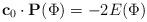
LaTeX: \begin{align*} \mathbf{c}_0\cdot \mathbf{P}(\Phi)=-2E(\Phi) \end{align*}